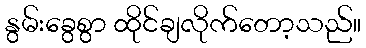
နွမ်းခွေစွာ ထိုင်ချလိုက်တော့သည်။